Vaccination in Bombay 1889-1901 - 1889-1901
Year: 1889
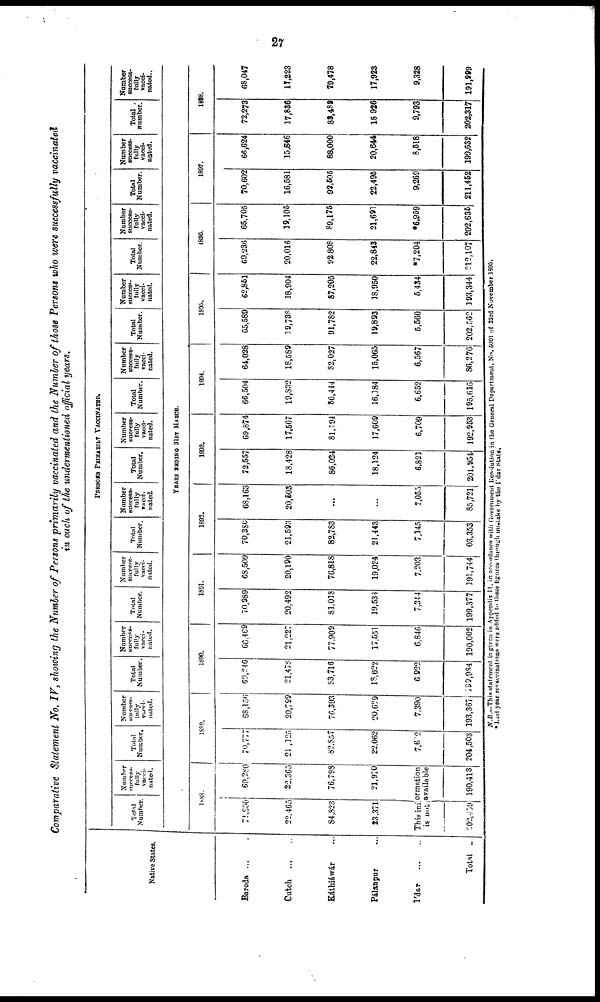
27
Comparative Statement No. IV, showing the Number of Persons primarily vaccinated and the Number of those Persons who were successfully vaccinated
in each of the undermentioned official years.
Native States.
Baroda ...
Cutch
...
...
Káthiáwár ...
Pálanpur ...
I'dar
...
...
Total ...
PERSONS PRIMARILY VACCINATED.
Total
Number
Number
success¬
fully
vacci-
nated.
Number.
Number
success¬
fully
vacci¬
nated.
Total
Number
Number
success¬
fully
vacci-
nated.
Total
Number.
Number
success-
fully
vacci-
nated.
Total
Number.
Number
success-
fully
vacci¬
nated.
Total
Number.
Number
success-
fully
vacci-
nated.
Total
Number.
Number
success-
fully
vacci-
nated.
Total
Number.
Number
success-
fully
vacci-
nated.
Total
Number.
Number
success-
fully
vacci-
nated.
Total
Number.
Number
success-
fully
vacci-
nated.
Total
Number.
Number
success-
fully
vacci-
nated.
YEARS ENDING 31ST MARCH.
1888.
71,800
22,465
84,823
23,371
69,280
22,365
76,793
21,970
This information
is not available
202,459 190,413
1889.
70,777
21 ,125
82,857
22,062
7,602
204,503
68,156
20,799
76,393
20,629
7,390
193,367
1890.
69,246
21,478
83,716
18,622
6,922
199,984
66,469
21,227
77,909
17,551
6,846
190,002
1891.
70,989
20,492
81,018
19,534
7,344
199,377
68,509
20,190
76,818
19,024
7,203
191,744
1892.
70,380
21,593
82,783
21,443
7,145
03,353
68,163
20,503
...
...
7,055
85,721
1893.
72,557
18,428
86,024
18,124
6,821
201,954
69,874
17,567
81,194
17,609
6,709
192,953
1894.
66,504
19,832
86,444
16,184
6,652
195,616
64,028
18,589
82,027
15,065
6,567
86,276
1895.
65,589
19,738
91,782
19,893
5,560
202,562
62,851
18,904
87,205
18,950
5,434
193,344
1896.
69,236
20,016
92,808
22,843
*7,204
212,107
65,705
19,105
89,175
21,691
*6,959
202,635
1897.
70,602
16,581
92,505
22,495
9,269
211,452
66,624
15,846
88,000
20,644
8,518
199,632
1898.
72,273
17,836
83,489
18,926
9,793
202,317
68,047
17,223
79,478
17,923
9,328
191,999
N.B.—This statement in given in Appendix II, in accordance with Government Resolution in the General Department, No. 5091 of 23rd November 1895.
*Last year revaccinations were added to these figures through mistake by the I'dar State.